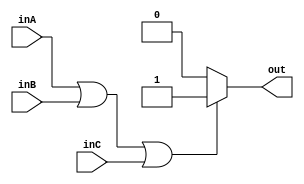
`timescale 1ns / 1ps
//////////////////////////////////////////////////////////////////////////////////
// Company: 
// Engineer: 
// 
// Design Name: 
// Module Name: OR_Gate
// Project Name: 
// Target Devices: 
// Tool Versions: 
// Description: 
// 
// Dependencies: 
// 
// Revision:
// Revision 0.01 - File Created
// Additional Comments:
// 
//////////////////////////////////////////////////////////////////////////////////


module OR_Gate(inA, inB, inC, out);

input inA, inB, inC;
output reg out;

always @(inA or inB or inC)
begin
    if((inA == 1) || (inB == 1) || (inC == 1))
        out = 1;
    else
        out = 0;
end

initial begin 
    out = 0;
end
endmodule